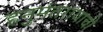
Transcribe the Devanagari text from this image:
हनुमंतरायाची